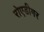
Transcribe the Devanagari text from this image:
रोएडीगर